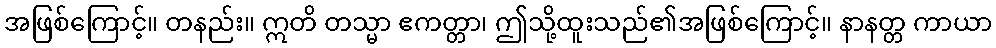
အဖြစ်ကြောင့်။ တနည်း။ ဣတိ တသ္မာ ဧကတ္တာ၊ ဤသို့ထူးသည်၏အဖြစ်ကြောင့်။ နာနတ္တ ကာယာ